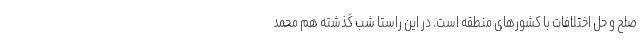
صلح و حل اختلافات با کشورهای منطقه است. در این راستا شب گذشته هم محمد